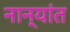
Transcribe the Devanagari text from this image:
नान्यांत